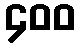
၄၀၀